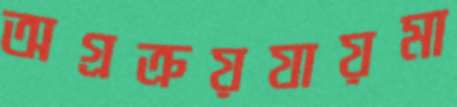
অগ্রক্রয়যায়মা